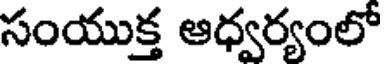
సంయుక్త ఆధ్వర్యంలో